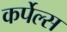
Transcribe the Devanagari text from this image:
कर्पेल्स